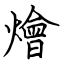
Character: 燴